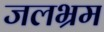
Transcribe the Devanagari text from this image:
जलभ्रम